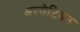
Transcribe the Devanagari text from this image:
अल्सेटियन